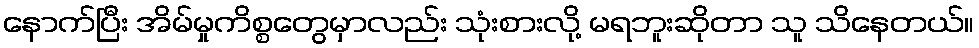
နောက်ပြီး အိမ်မှုကိစ္စတွေမှာလည်း သုံးစားလို့ မရဘူးဆိုတာ သူ သိနေတယ်။